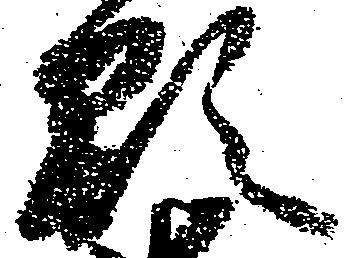
顕